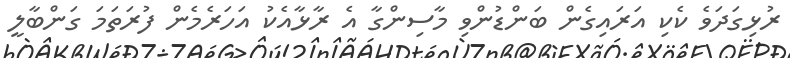
ރުޅިގަދަވެ ކެކި އަރައިގެން ބަންޑުންވި މާސިންގާ އެ ރާޅާއެކު އަހަރެމެން ފުރަތަމަ ގަންބާލީ